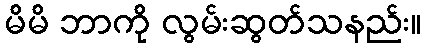
မိမိ ဘာကို လွမ်းဆွတ်သနည်း။